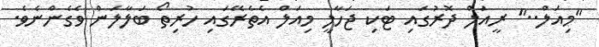
"މިއަލް.." ރީއަލް ދޮރުގައި ޓަކި ޖަހާލީ މިއަލް އެތެރޭގައި ހުރިތޯ ބަލާލަން ވެގެންނެވެ.